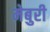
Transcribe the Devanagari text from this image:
मेबुरी